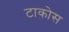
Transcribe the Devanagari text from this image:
टाकोस